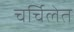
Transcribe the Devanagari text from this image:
चर्चिलेत